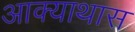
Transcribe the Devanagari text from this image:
आक्याथास